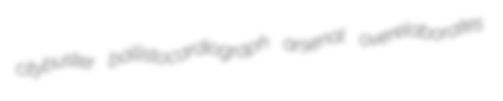
citybuster ballistocardiograph arsenal overelaborates